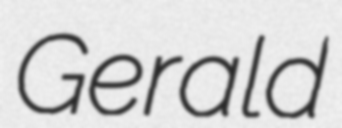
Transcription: Gerald